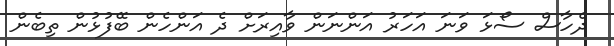
ދެހާސް ސޯޅަ ވަނަ އަހަރު އަންނަން ވާއިރަށް ދެ އަންހެން ބޭފުޅުން ތިބެން